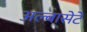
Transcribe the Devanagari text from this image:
अल्बासेटे